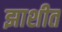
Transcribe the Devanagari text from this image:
झाशीत